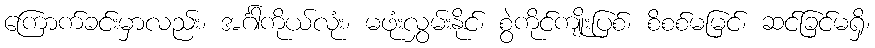
ကြောက်ခင်းမှာလည်း၊ အင်္ဂါကိုယ်လုံး၊ မဖုံးလွှမ်းနိုင်၊ စွဲကိုင်ကျိုးပြစ်၊ စိစစ်မမြင်၊ ဆင်ခြင်မရှိ၊